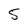
Character: 5